Lunatic asylums in Bengal annual reports 1899-1911 - 1899-1911
Year: 1899
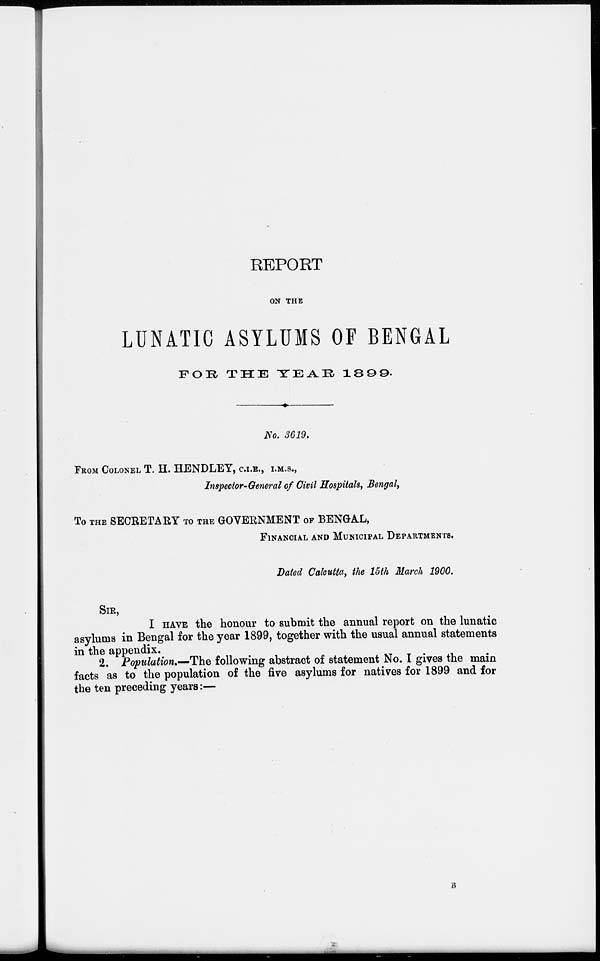
REPORT
ON THE
LUNATIC ASYLUMS OF BENGAL
FOR
THE
YEAR
1899.
No. 3619.
FROM COLONEL T. H. HENDLEY, C.I.E., I.M.S.,
Inspector-General of Civil Hospitals, Bengal,
To THE SECRETARY TO THE GOVERNMENT OF BENGAL,
FINANCIAL AND MUNICIPAL DEPARTMENTS.
Dated Calcutta, the 15th March 1900.
SIR,
I HAVE the honour to submit the annual report on the lunatic
asylums in Bengal for the year 1899, together with the usual annual statements
in the appendix.
2. Population.—The following abstract of statement No. I gives the main
facts as to the population of the five asylums for natives for 1899 and for
the ten preceding years:—
B